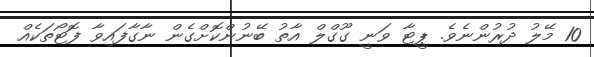
10 މޭލު ދުރުންނެވެ. ޕީޓާ ވަނީ ގޫގްލް އާތު ބޭނުންކޮށްގެން ނާގާފައިވާ ފޮޓޯތަކެއް